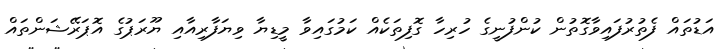
އަޑުތައް ފެތުރުފައިވާގޮތުން ކުންފުނީގެ ހުރިހާ ގޮފިތަކެއް ކަމުގައިވާ މީޑިޔާ ވިޔަފާރިއާއި ޔޫރަޕުގެ އޮޕަރޭޝަންތައް